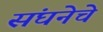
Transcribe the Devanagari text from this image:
संघनेचे